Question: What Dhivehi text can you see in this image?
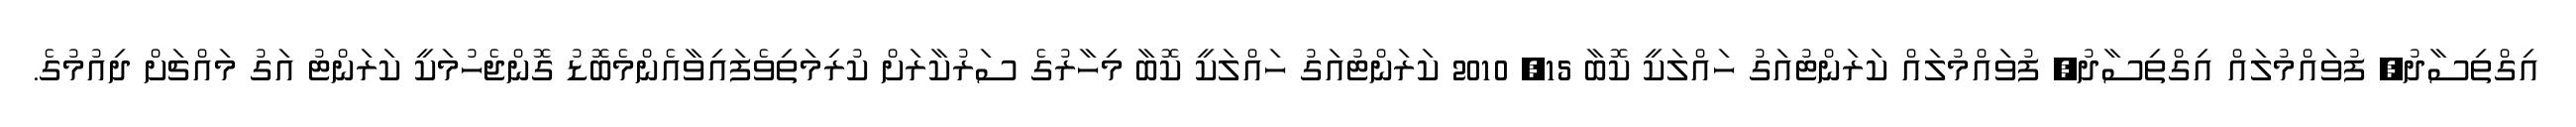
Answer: އިގްތިސާދު, ފުވައްމުލައް އިގްތިސާދު, ފުވައްމުލައް ކަރަންޓުއަގު ހައްލަކީ ކޮބާ 15, 2010 ކަރަންޓުއަގު ހައްލަކީ ކޮބާ މިހާރުގެ ސަރުކާރަށް ކުރިމަތިވެފައިވާއެންމެބޮޑު ގޮންޖެހުމަކީ ކަރަންޓު އަގު މައްޗަށް ދިއުމުގެ.